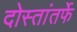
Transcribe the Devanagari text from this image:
दोस्तांतर्फे